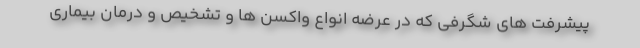
پیشرفت های شگرفی که در عرضه انواع واکسن ها و تشخیص و درمان بیماری